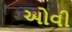
ઓવી